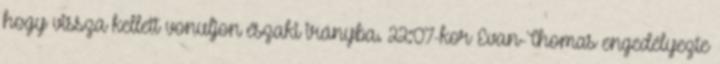
hogy vissza kellett vonuljon északi irányba. 22:07-kor Evan-Thomas engedélyezte